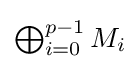
{\textstyle \bigoplus _{i=0}^{p-1}M_{i}}